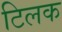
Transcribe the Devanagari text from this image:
टिलक